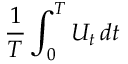
{ \frac { 1 } { T } } \int _ { 0 } ^ { T } U _ { t } \, d t